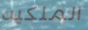
الملكيه